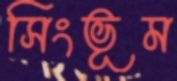
সিংভূম